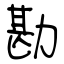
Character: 勘